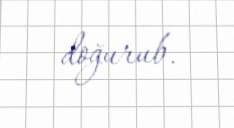
doğurub.